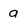
Character: a